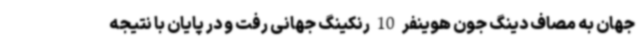
جهان به مصاف دینگ جون هوینفر 10 رنکینگ جهانی رفت و در پایان با نتیجه